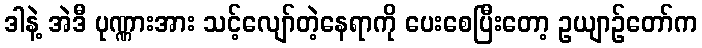
ဒါနဲ့ အဲဒီ ပုဏ္ဏားအား သင့်လျော်တဲ့နေရာကို ပေးစေပြီးတော့ ဥယျာဉ်တော်က